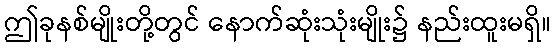
ဤခုနစ်မျိုးတို့တွင် နောက်ဆုံးသုံးမျိုး၌ နည်းထူးမရှိ။